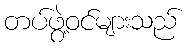
တပ်ဖွဲ့ဝင်များသည်